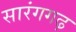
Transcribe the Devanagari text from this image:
सारंगगढ़